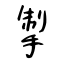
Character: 掣